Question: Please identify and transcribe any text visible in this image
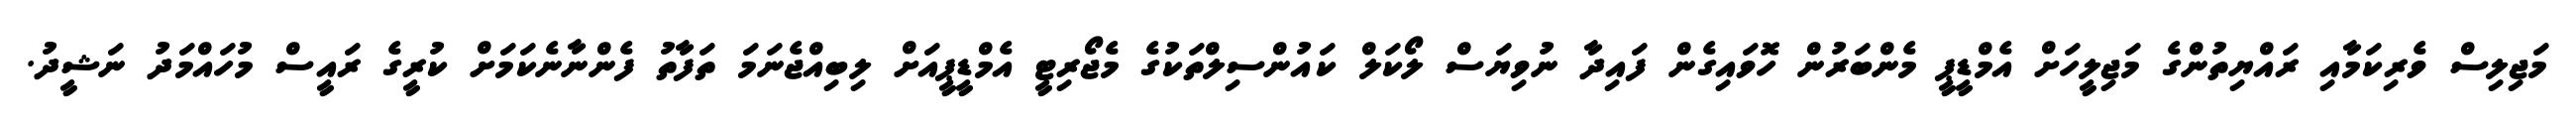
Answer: މަޖިލިސް ވެރިކަމާއި ރައްޔިތުންގެ މަޖިލީހަށް އެމްޑީޕީ މެންބަރުން ހޮވައިގެން ފައިދާ ނުވިޔަސް ލޯކަލް ކައުންސިލްތަކުގެ މެޖޯރިޓީ އެމްޑީޕީއަށް ލިބިއްޖެނަމަ ތަފާތު ފެންނާނެކަމަށް ކުރީގެ ރައީސް މުހައްމަދު ނަޝީދު.